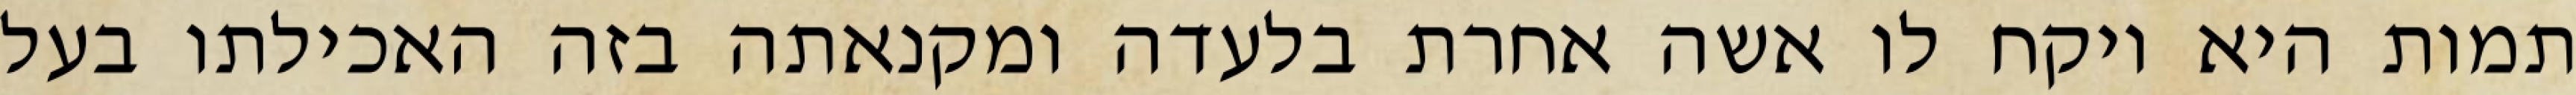
תמות היא ויקח לו אשה אחרת בלעדה ומקנאתה בזה האכילתו בעל